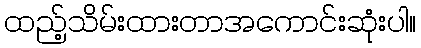
ထည့်သိမ်းထားတာအကောင်းဆုံးပါ။